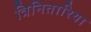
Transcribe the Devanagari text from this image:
त्रिनितारिया